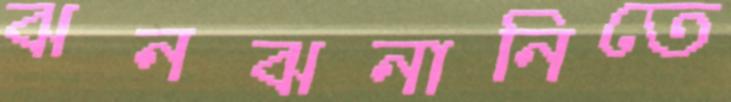
ঝনঝনানিতে